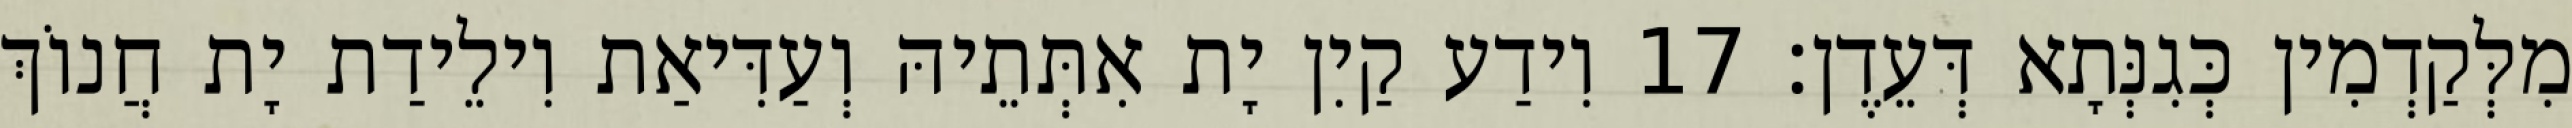
מִלְּקַדְמִין כְּגִנְּתָא דְּעֵדֶן׃ 17 וִידַע קַיִן יָת אִתְּתֵיהּ וְעַדִּיאַת וִילֵידַת יָת חֲנוֹךְ